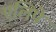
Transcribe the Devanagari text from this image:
एलिपे